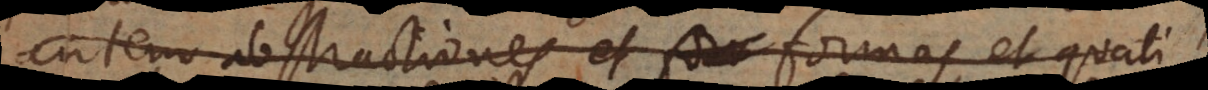
autem abstractiones et formas, et quali